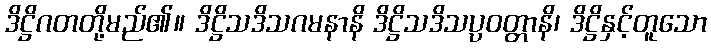
ဒိဋ္ဌိဂတတို့မည်၏။ ဒိဋ္ဌိသဒိသဂမနာနိ ဒိဋ္ဌိသဒိသပ္ပဝတ္တာနိ၊ ဒိဋ္ဌိနှင့်တူသော